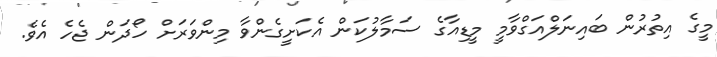
މީގެ އިތުރުން ބައިނަލްއަގްވާމީ މީޑިއާގެ ސަމާލުކަން އެކަށީގެންވާ މިންވަރަށް ހޯދަން ޖެހެ އެވެ.